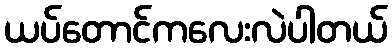
ယပ်တောင်ကလေးလဲပါတယ်